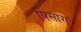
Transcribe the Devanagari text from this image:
पिसांग